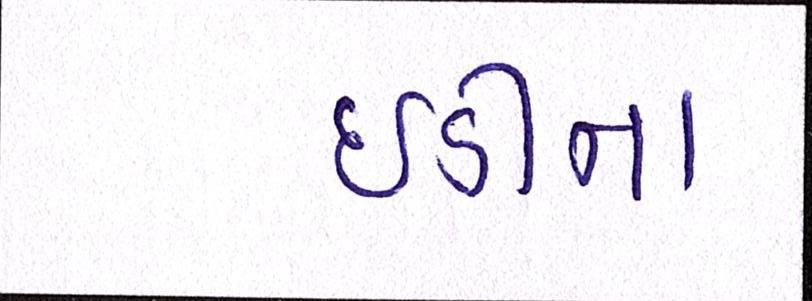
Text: ઇડીના